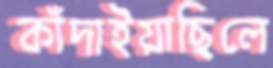
কাঁদাইয়াছিলে